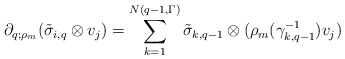
\begin{align*}\partial_{q;\rho_m}(\tilde{\sigma}_{i,q}\otimes v_j)=\sum_{k=1}^{N(q-1,\Gamma)}\tilde{\sigma}_{k,q-1}\otimes(\rho_m(\gamma_{k,q-1}^{-1})v_j)\end{align*}